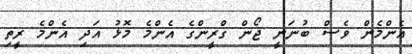
އެންމެން ވެސް ބުނަނީ ޖޯން ގްރީންގެ އެންމެ މޮޅު އަދި އެންމެ ރީތި